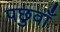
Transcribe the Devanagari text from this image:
पछुवाँ